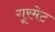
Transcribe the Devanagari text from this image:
गूरमेट